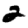
Digit: 2